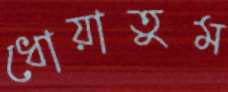
ধোয়াতুম